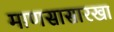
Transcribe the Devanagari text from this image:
माणसासारखा